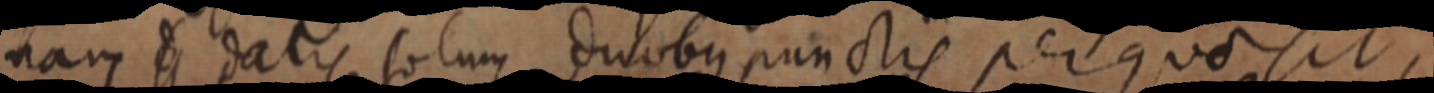
nam e datis solum duobus punctis per quo sit